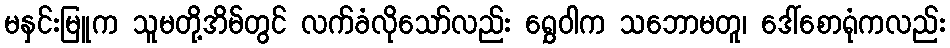
မနှင်းမြူက သူမတို့အိမ်တွင် လက်ခံလိုသော်လည်း ရွှေဝါက သဘောမတူ၊ ဒေါ်စောရုံကလည်း